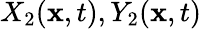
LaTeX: X_{2}(\mathbf{x},t),Y_{2}(\mathbf{x},t)